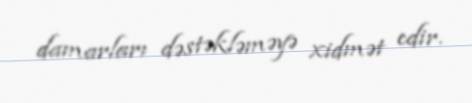
damarları dəstəkləməyə xidmət edir.